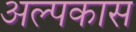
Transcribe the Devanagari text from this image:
अल्पकास